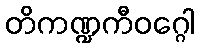
တိကဏ္ဍကီဝဂ္ဂေါ